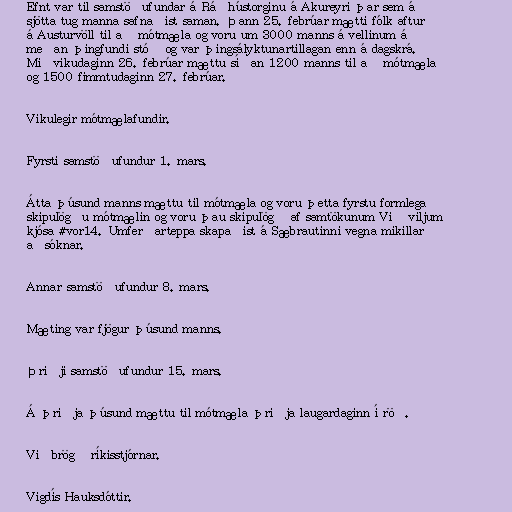
Efnt var til samstöðufundar á Ráðhústorginu á Akureyri þar sem á
sjötta tug manna safnaðist saman. Þann 25. febrúar mætti fólk aftur
á Austurvöll til að mótmæla og voru um 3000 manns á vellinum á
meðan þingfundi stóð og var þingsályktunartillagan enn á dagskrá.
Miðvikudaginn 26. febrúar mættu síðan 1200 manns til að mótmæla
og 1500 fimmtudaginn 27. febrúar.

Vikulegir mótmælafundir.

Fyrsti samstöðufundur 1. mars.

Átta þúsund manns mættu til mótmæla og voru þetta fyrstu formlega
skipulögðu mótmælin og voru þau skipulögð af samtökunum Við viljum
kjósa #vor14. Umferðarteppa skapaðist á Sæbrautinni vegna mikillar
aðsóknar.

Annar samstöðufundur 8. mars.

Mæting var fjögur þúsund manns.

Þriðji samstöðufundur 15. mars.

Á þriðja þúsund mættu til mótmæla þriðja laugardaginn í röð.

Viðbrögð ríkisstjórnar.

Vigdís Hauksdóttir.